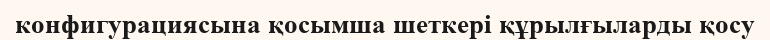
конфигурациясына қосымша шеткері құрылғыларды қосу